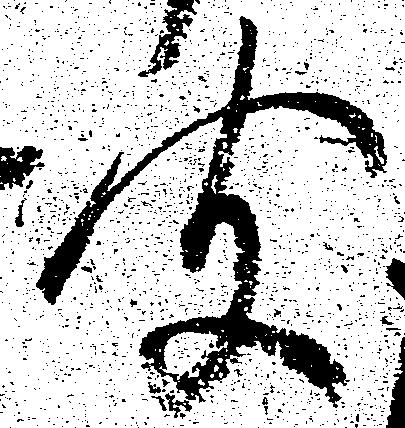
聞